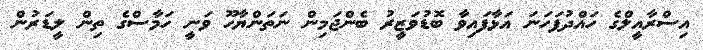
އިސްރާއީލްގެ ހައްދުފަހަނަ އަޅާފައިވާ ބޮޑުވަޒީރު ބެންޖަމިން ނަތަންޔާހޫ ވަނީ ހަމާސްގެ ތިން ލީޑަރުން